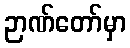
ဉာဏ်တော်မှာ